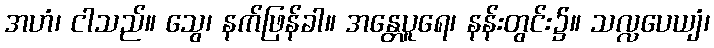
အဟံ၊ ငါသည်။ သွေ၊ နက်ဖြန်ခါ။ အန္တေပူရေ၊ နန်းတွင်း၌။ သလ္လပေယျံ၊